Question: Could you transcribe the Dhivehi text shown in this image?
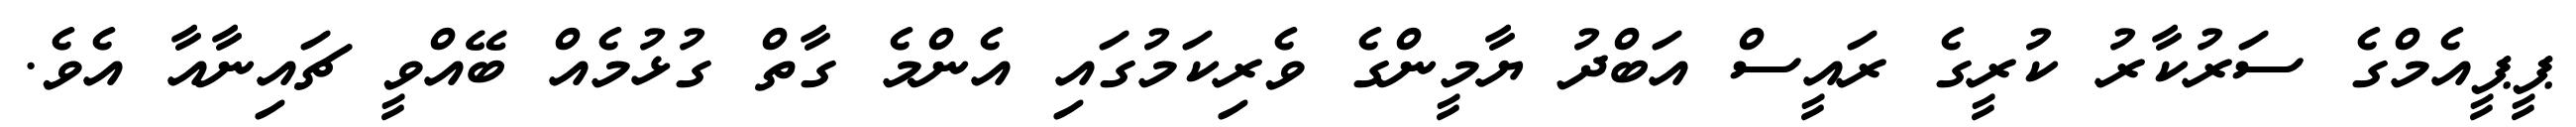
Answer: ޕީޕީއެމްގެ ސަރުކާރު ކުރީގެ ރައީސް އަބްދު ޔާމީންގެ ވެރިކަމުގައި އެންމެ ގާތް ގުޅުމެއް ބޭއްވީ ޗައިނާއާ އެވެ.